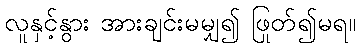
လူနှင့်နွား အားချင်းမမျှ၍ ဖြုတ်၍မရ။